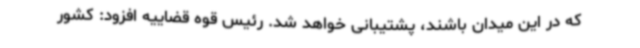
که در این میدان باشند، پشتیبانی خواهد شد. رئیس قوه قضاییه افزود: کشور